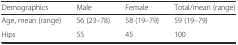
| Demographics | Male | Female | Total/mean (range) |
 | --- | --- | --- | --- |
 | Age, mean (range) | 56 (23–78) | 58 (19–79) | 59 (19–79) |
 | Hips | 55 | 45 | 100 |